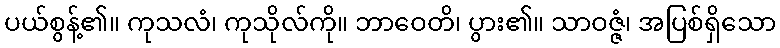
ပယ်စွန့်၏။ ကုသလံ၊ ကုသိုလ်ကို။ ဘာဝေတိ၊ ပွား၏။ သာဝဇ္ဇံ၊ အပြစ်ရှိသော